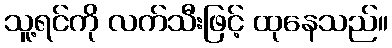
သူ့ရင်ကို လက်သီးဖြင့် ထုနေသည်။